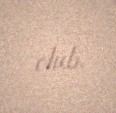
olub.